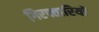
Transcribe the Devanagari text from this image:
गिरफ्तारियॉ